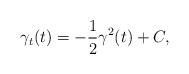
\begin{align*} \gamma_t(t)=-\frac12 \gamma^2(t)+C,\end{align*}